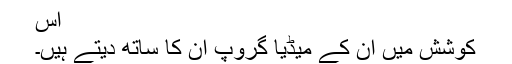
اس
کوشش میں ان کے میڈیا گروپ ان کا ساتھ دیتے ہیں۔